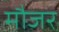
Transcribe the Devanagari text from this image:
मौजर